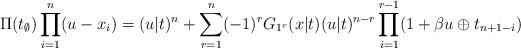
LaTeX: \begin{align*}\Pi (t_{\emptyset })\prod_{i=1}^{n}(u-x_{i})=(u|t)^{n}+\sum_{r=1}^{n}(-1)^{r}G_{1^{r}}(x|t)(u|t)^{n-r}\prod_{i=1}^{r-1}(1+\beta u\oplus t_{n+1-i}) \end{align*}